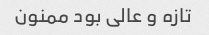
تازه و عالی بود ممنون